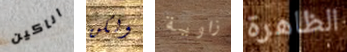
اناكين ولكن زاوية الظاهرة